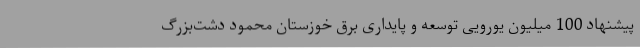
پیشنهاد 100 میلیون یورویی توسعه و پایداری برق خوزستان محمود دشت‌بزرگ